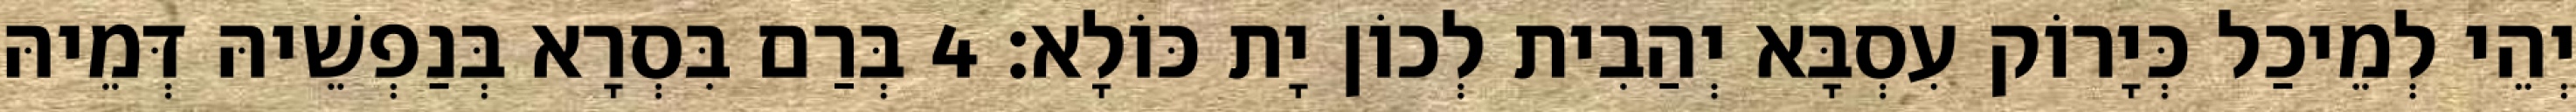
יְהֵי לְמֵיכַל כְּיָרוֹק עִסְבָּא יְהַבִית לְכוֹן יָת כּוֹלָא׃ 4 בְּרַם בִּסְרָא בְּנַפְשֵׁיהּ דְּמֵיהּ